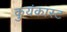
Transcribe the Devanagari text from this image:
कुयंकास्ट